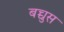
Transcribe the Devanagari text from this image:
बच्चुस